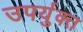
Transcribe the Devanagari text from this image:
उपर्युक्त